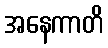
အနေကာတိ